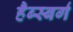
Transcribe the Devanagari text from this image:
हैब्स्बर्ग